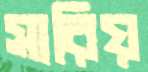
সারিয়